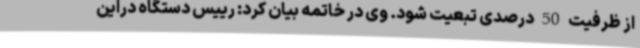
از ظرفیت 50 درصدی تبعیت شود. وی در خاتمه بیان کرد: رییس دستگاه دراین